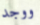
ووجد